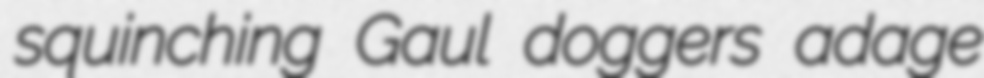
squinching Gaul doggers adage